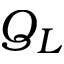
Q _ { L }